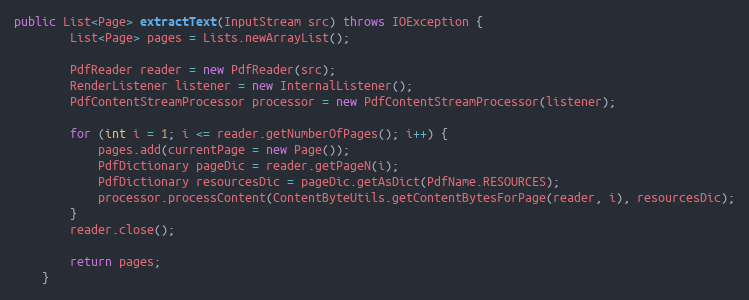
Language: Java
public List<Page> extractText(InputStream src) throws IOException {
        List<Page> pages = Lists.newArrayList();

        PdfReader reader = new PdfReader(src);
        RenderListener listener = new InternalListener();
        PdfContentStreamProcessor processor = new PdfContentStreamProcessor(listener);

        for (int i = 1; i <= reader.getNumberOfPages(); i++) {
            pages.add(currentPage = new Page());
            PdfDictionary pageDic = reader.getPageN(i);
            PdfDictionary resourcesDic = pageDic.getAsDict(PdfName.RESOURCES);
            processor.processContent(ContentByteUtils.getContentBytesForPage(reader, i), resourcesDic);
        }
        reader.close();

        return pages;
    }